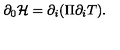
\partial _ { 0 } { \cal H } = \partial _ { i } ( \Pi \partial _ { i } T ) .